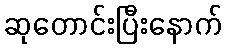
ဆုတောင်းပြီးနောက်